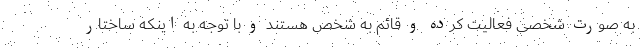
به صورت شخصی فعالیت کرده و قائم به شخص هستند و با توجه به اینکه ساختار